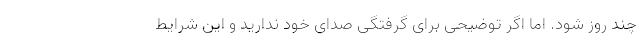
چند روز شود. اما اگر توضیحی برای گرفتگی صدای خود ندارید و این شرایط